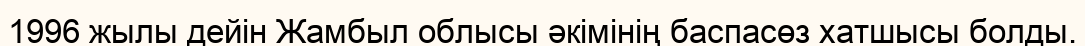
1996 жылы дейін Жамбыл облысы әкімінің баспасөз хатшысы болды.